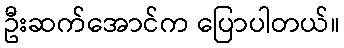
ဦးဆက်အောင်က ပြောပါတယ်။